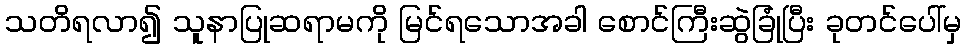
သတိရလာ၍ သူနာပြုဆရာမကို မြင်ရသောအခါ စောင်ကြီးဆွဲခြုံပြီး ခုတင်ပေါ်မှ